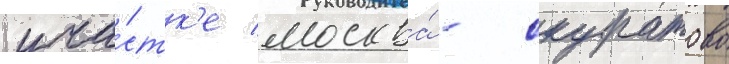
уча́стк'е москва́ - скуратово